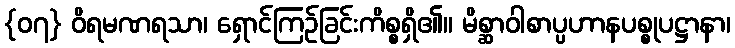
{၀၇} ဝိရမဏရသာ၊ ရှောင်ကြဉ်ခြင်းကိစ္စရှိ၏။ မိစ္ဆာဝါစာပ္ပဟာနပစ္စုပဋ္ဌာနာ၊